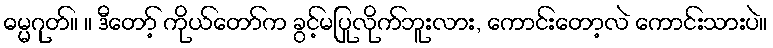
ဓမ္မဂုတ်။ ။ ဒီတော့် ကိုယ်တော်က ခွင့်မပြုလိုက်ဘူးလား, ကောင်းတော့လဲ ကောင်းသားပဲ။